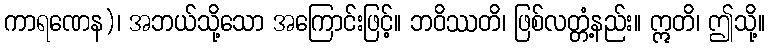
ကာရဏေန)၊ အဘယ်သို့သော အကြောင်းဖြင့်။ ဘဝိဿတိ၊ ဖြစ်လတ္တံ့နည်း။ ဣတိ၊ ဤသို့။